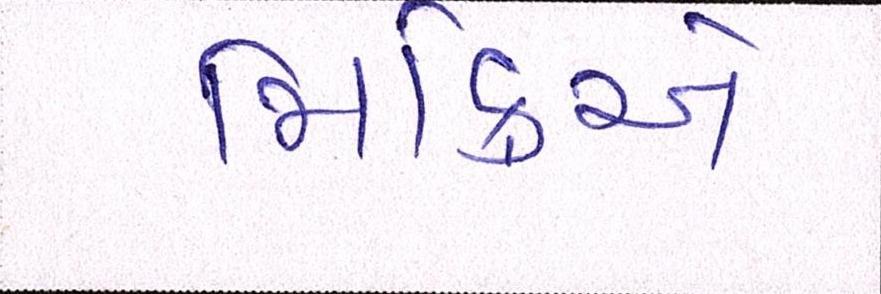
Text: મિક્રીએ